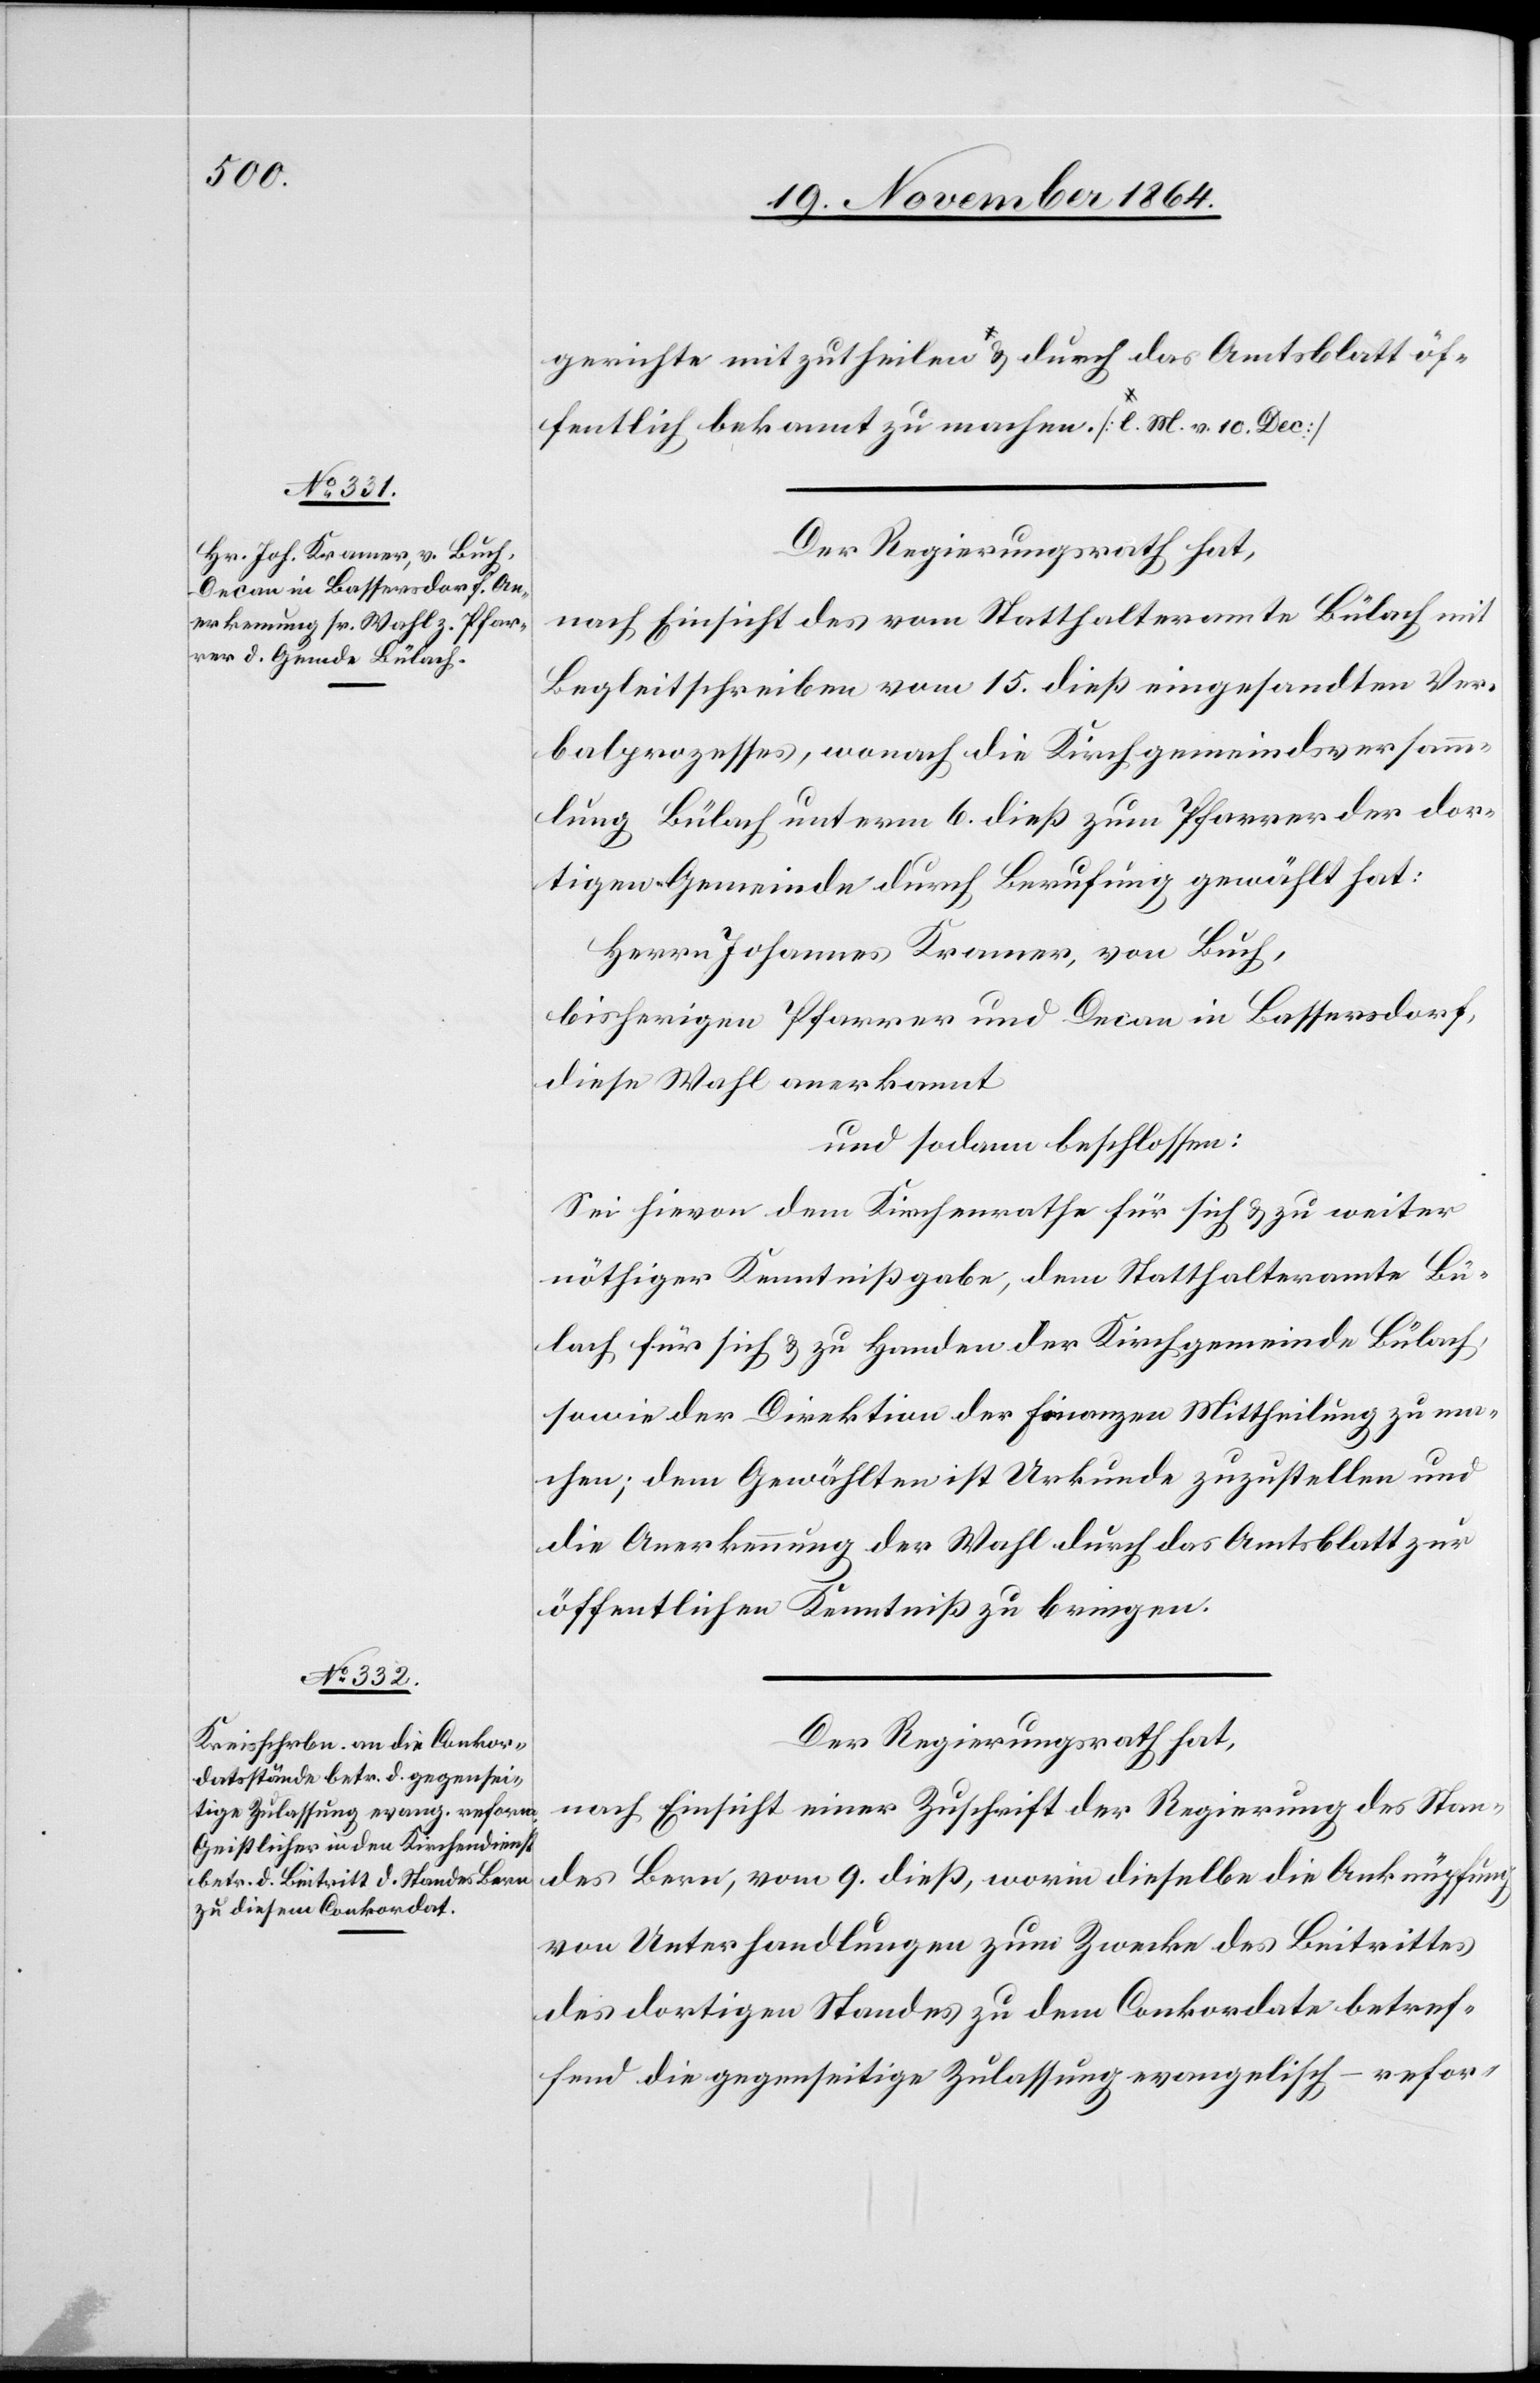
v. 10.

Der Regierungsrath hat,
nach Einsicht des vom Statthalteramte Bülach mit
Begleitschreiben vom 15. dieß eingesandten Ver¬
balprozesses, wonach die Kirchgemeindeversamm¬
lung Bülach unterm 6. dieß zum Pfarrer der dor¬
tigen Gemeinde durch Berufung gewählt hat:
Herrn Johannes Kramer, von Buch,
bisheriger Pfarrer und Decan in Bassersdorf,
diese Wahl anerkannt
und sodann beschlossen:
Sei hievon dem Kirchenrathe für sich & zu weiter
nöthiger Kenntnißgabe, dem Statthalteramte Bü¬
lach für sich & zu Handen der Kirchgemeinde Bülach
sowie der Direktion der Finanzen Mittheilung zu ma¬
chen; dem Gewählten ist Urkunde zuzustellen und
die Anerkennung der Wahl durch das Amtsblatt zur
öffentlichen Kenntniß zu bringen.
Der Regierungsrath hat,
nach Einsicht einer Zuschrift der Regierung des Stan¬
des Bern, vom 9. dieß, worin dieselbe die Anknüpfung
von Unterhandlungen zum Zwecke des Beitrittes
des dortigen Standes zu dem Conkordate betref¬
fend die gegenseitige Zulassung evangelisch-refor-